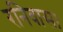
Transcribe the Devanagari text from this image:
रनिवास।